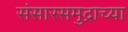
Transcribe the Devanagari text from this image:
संसारसमुद्राच्या